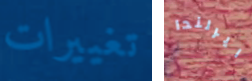
تغييرات ايرلندا